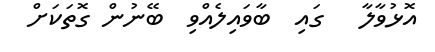
އޮޅުވާލާ   ގައި  ބާވައިލެއްވި  ބޭނުން ގޮތަކަށް